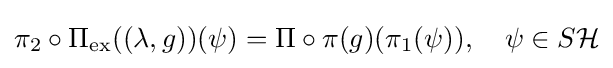
\pi _{2}\circ \Pi _{\mathrm {ex} }((\lambda ,g))(\psi )=\Pi \circ \pi (g)(\pi _{1}(\psi )),\quad \psi \in S{\mathcal {H}}